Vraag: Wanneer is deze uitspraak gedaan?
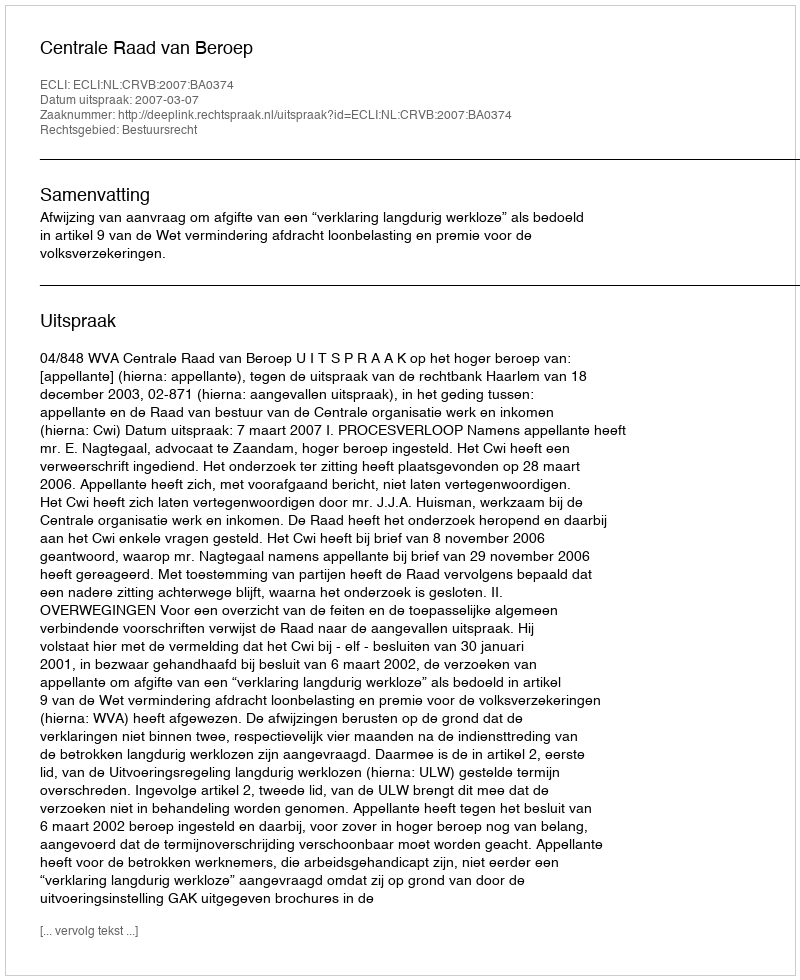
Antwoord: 2007-03-07